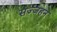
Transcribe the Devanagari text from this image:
सज्जहन